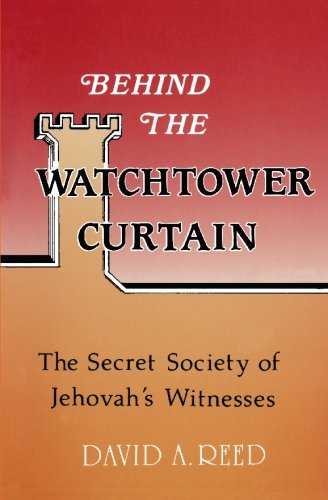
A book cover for Behind the Watchtower Curtain; David A. Reed; Christian Books & Bibles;